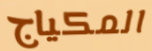
المكياج